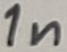
Text: 1n